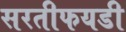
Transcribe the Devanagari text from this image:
सरतीफयडी